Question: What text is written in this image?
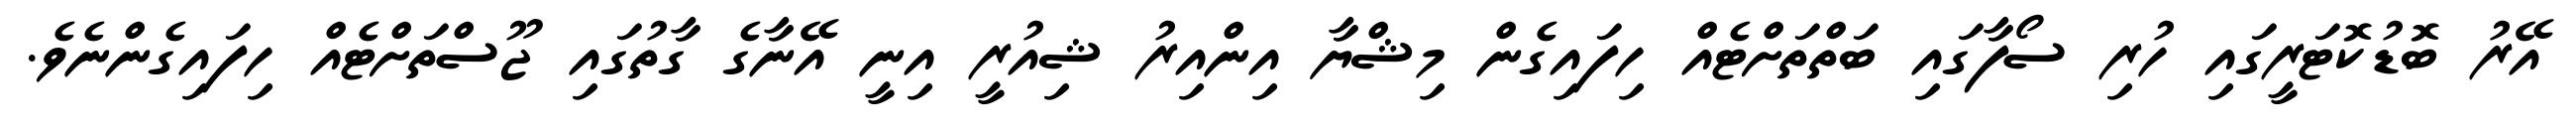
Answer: އޭރު ބޮޑުކޮޓަރީގައި ހުރި ސޯފާގައި ބަތްތަށްޓެއް ހިފައިގެން މިޝްޔާ އިންއިރު ޝިއުރީ އިނީ އޭނާގެ ގާތުގައި ޖޫސްތަށްޓެއް ހިފައިގެންނެވެ.